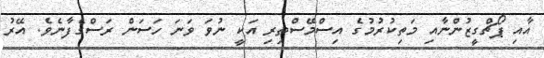
އާއި ޕޯޗްގީޒުންނާއި މަތިކުރުމުގެ އިސްމޭސްތިރި އަކީ ނުވަ ވަނަ ހަސަން ރަސްގެފާނެވެ. އޭރު